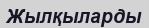
Жылқыларды